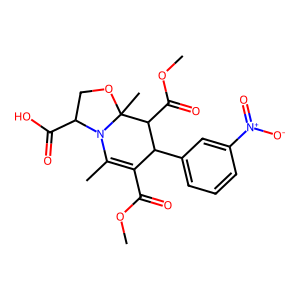
SMILES: COC(=O)C1=C(C)N2C(C(=O)O)COC2(C)C(C(=O)OC)C1c1cccc([N+](=O)[O-])c1
Inhibits HIV replication: No